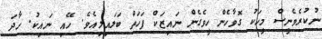
ނުކުރެވެނީސް މީހަކު ގޮވާހެން ހީވެގެން ނައިޒަކް ފަހަތް ބަލައިލިއެވެ. ހޭއި ނައިކު. ހާދަ